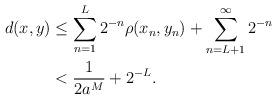
LaTeX: \begin{align*} d(x, y) &\leq \sum_{n=1}^L 2^{-n} \rho(x_n,y_n) + \sum_{n=L+1}^\infty 2^{-n} \\ &< \frac{1}{2a^M} + 2^{-L}. \end{align*}